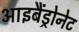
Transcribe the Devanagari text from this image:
आइबैंड्रोनेट